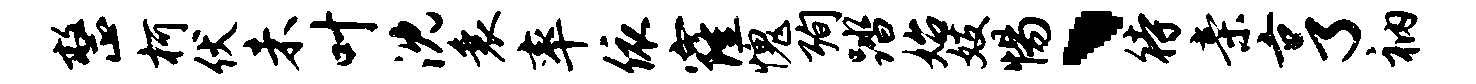
整柯伏未叶沈衰率依窿愧殉踏始妓惕、待亲亨衲